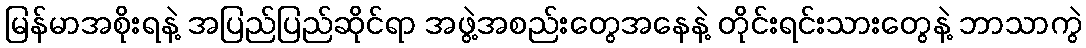
မြန်မာအစိုးရနဲ့ အပြည်ပြည်ဆိုင်ရာ အဖွဲ့အစည်းတွေအနေနဲ့ တိုင်းရင်းသားတွေနဲ့ ဘာသာကွဲ